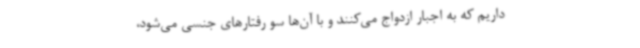
داریم که به اجبار ازدواج می‌کنند و با آن‌ها سو رفتارهای جنسی می‌شود،